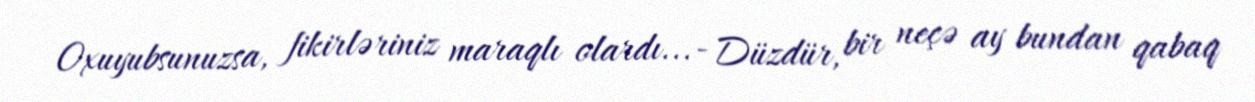
Oxuyubsunuzsa, fikirləriniz maraqlı olardı...- Düzdür, bir neçə ay bundan qabaq